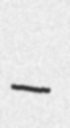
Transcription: –